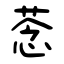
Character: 菍